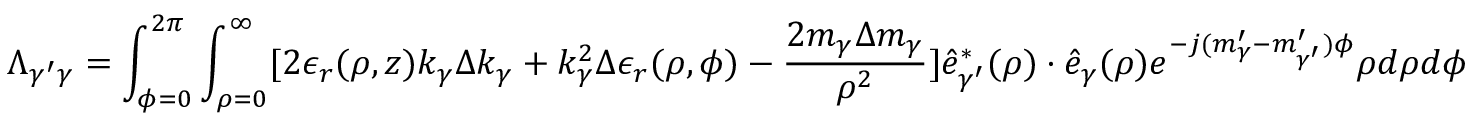
\Lambda _ { \gamma ^ { \prime } \gamma } = \int _ { \phi = 0 } ^ { 2 \pi } \int _ { \rho = 0 } ^ { \infty } [ 2 \epsilon _ { r } ( \rho , z ) k _ { \gamma } \Delta k _ { \gamma } + k _ { \gamma } ^ { 2 } \Delta \epsilon _ { r } ( \rho , \phi ) - \frac { 2 m _ { \gamma } \Delta m _ { \gamma } } { \rho ^ { 2 } } ] \hat { e } _ { \gamma ^ { \prime } } ^ { * } ( \rho ) \cdot \hat { e } _ { \gamma } ( \rho ) e ^ { - j ( m _ { \gamma } ^ { \prime } - m _ { \gamma ^ { \prime } } ^ { \prime } ) \phi } \rho d \rho d \phi